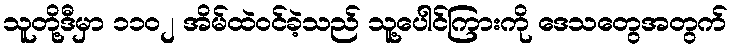
သူတို့ဒီမှာ ၁၁၀၂ အိမ်ထဲဝင်ခဲ့သည် သူ့ပေါင်ကြားကို ဒေသတွေအတွက်